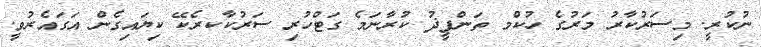
ނުކުރީ. މިސަރުކާރު މަރުގެ ހުކުްމ ތަންފީޛު ކުރާނަމެ ގަޓްހުރި ސަރުކާކރެކޭ ކިޔައިގެން އަގައެރުވީ.